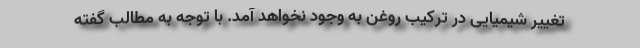
تغییر شیمیایی در ترکیب روغن به وجود نخواهد آمد. با توجه به مطالب گفته‌